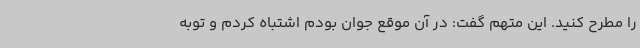
را مطرح کنید. این متهم گفت: در آن موقع جوان بودم اشتباه کردم و توبه